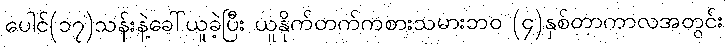
ပေါင်(၁၇)သန်းနဲ့ခေါ်ယူခဲ့ပြီး ယူနိုက်တက်ကစားသမားဘ၀ (၄)နှစ်တာကာလအတွင်း